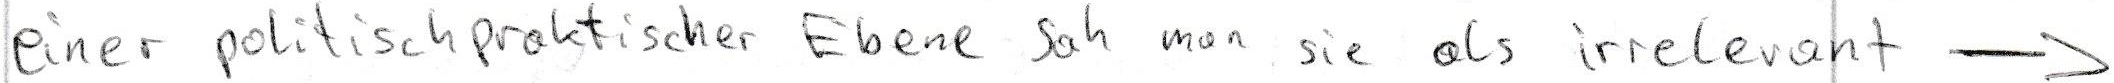
einer politischpraktischer Ebene sah man sie als irrelevant ->